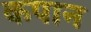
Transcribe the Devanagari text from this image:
कपान